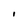
Character: I